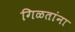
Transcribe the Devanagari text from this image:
गिळतांना